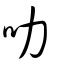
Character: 叻